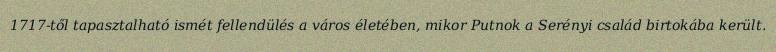
1717-től tapasztalható ismét fellendülés a város életében, mikor Putnok a Serényi család birtokába került.